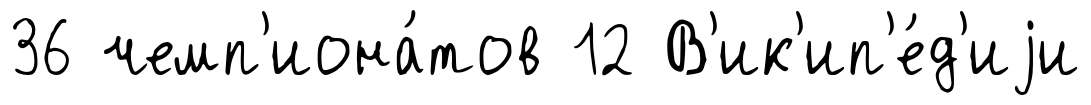
36 чемп'иона́тов 12 В'ик'ип'е́д'иjи